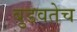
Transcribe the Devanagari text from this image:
बुडवतेच